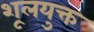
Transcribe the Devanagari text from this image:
शूलयुक्त